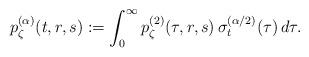
LaTeX: \begin{align*} p_\zeta^{(\alpha)}(t,r,s) & : = \int_0^\infty p_\zeta^{(2)}(\tau,r,s)\,\sigma_t^{(\alpha/2)}(\tau)\,d\tau. \end{align*}